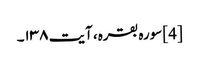
[4] سورہ بقرہ، آیت ۱۳۸۔